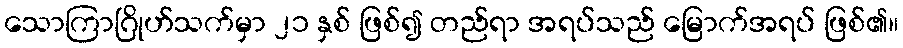
သောကြာဂြိုဟ်သက်မှာ ၂၁ နှစ် ဖြစ်၍ တည်ရာ အရပ်သည် မြောက်အရပ် ဖြစ်၏။